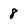
Character: 8